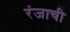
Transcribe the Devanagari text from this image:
रंजाची